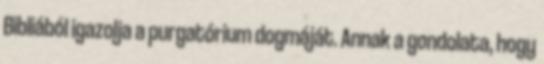
Bibliából igazolja a purgatórium dogmáját. Annak a gondolata, hogy